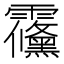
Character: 䨹